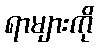
ရာများကို